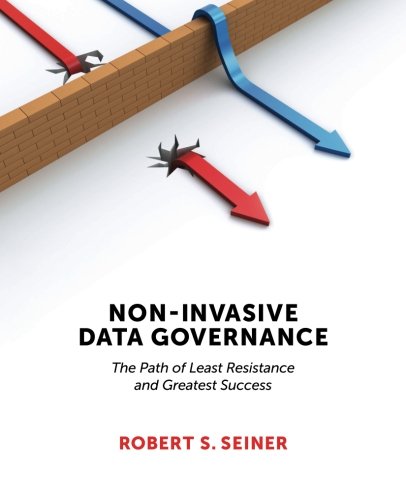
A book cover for Non-Invasive Data Governance; Robert S. Seiner; Computers & Technology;